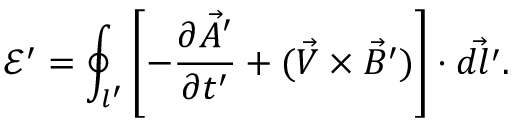
\mathcal E ^ { \prime } = \oint _ { l ^ { \prime } } \left[ - \frac { \partial \vec { A } ^ { \prime } } { \partial t ^ { \prime } } + ( \vec { V } \times \vec { B } ^ { \prime } ) \right] \cdot \vec { d l ^ { \prime } } .